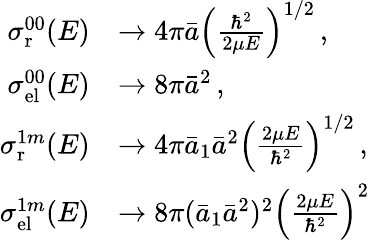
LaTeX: \begin{array}{rl}{\sigma_{\mathrm{r}}^{00}(E)}&{\to 4\pi\bar{a}\left(\frac{\hbar^{2}}{2\mu E}\right)^{1/2}\, ,}\\ {\sigma_{\mathrm{el}}^{00}(E)}&{\to 8\pi{\bar{a}}^{2}\, ,}\\ {\sigma_{\mathrm{r}}^{1m}(E)}&{\to 4\pi\bar{a}_{1}{\bar{a}}^{2}\left(\frac{2\mu E}{\hbar^{2}}\right)^{1/2}\, ,}\\ {\sigma_{\mathrm{el}}^{1m}(E)}&{\to 8\pi(\bar{a}_{1}{\bar{a}}^{2})^{2}\left(\frac{2\mu E}{\hbar^{2}}\right)^{2}}\end{array}